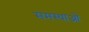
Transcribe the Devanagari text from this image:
समस्थाओं